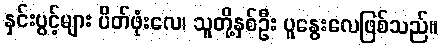
နှင်းပွင့်များ ပိတ်ဖုံးလေ၊ သူတို့နှစ်ဦး ပူနွေးလေဖြစ်သည်။